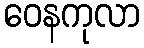
ဝေနကုလာ